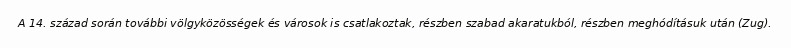
A 14. század során további völgyközösségek és városok is csatlakoztak, részben szabad akaratukból, részben meghódításuk után (Zug).